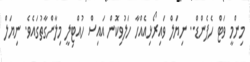
މިންމީ ވަޓް ހެޕެންޑް.. ނިޔަލް ވައިރޯޅިއެއްހާ ހަލުވިކޮން އައިސް ހުއްޓިލީ މިލާންގާތުގައެވެ. ނިޔަލް